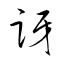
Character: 訝